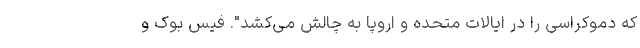
که دموکراسی را در ایالات متحده و اروپا به چالش می‌کشد". فیس بوک و